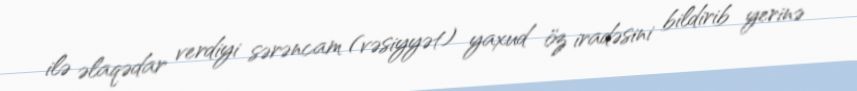
ilə əlaqədar verdiyi sərəncam (vəsiyyət) yaxud öz iradəsini bildirib yerinə